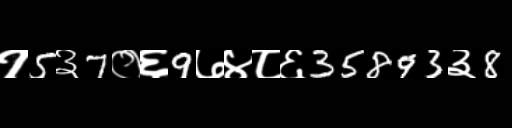
Text: १5३7०६9७४८६35893३8